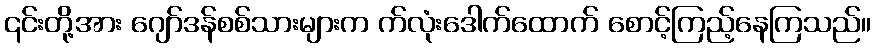
၎င်းတို့အား ဂျော်ဒန်စစ်သားများက က်လုံးဒေါက်ထောက် စောင့်ကြည့်နေကြသည်။